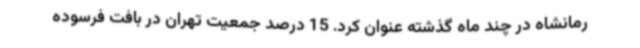
رمانشاه در چند ماه گذشته عنوان کرد. 15 درصد جمعیت تهران در بافت فرسوده